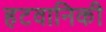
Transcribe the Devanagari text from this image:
हटवानिकी